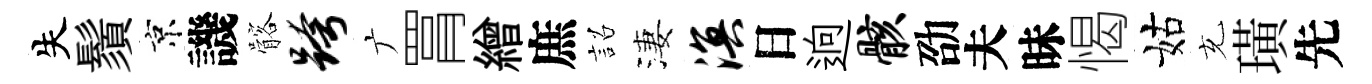
失鬚京譏髂跨广罥繒庶詔淒溟日逈骸劭夫昧愒姑充璜先